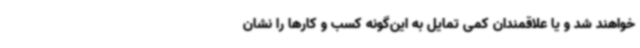
خواهند شد و یا علاقمندان کمی تمایل به این‌گونه کسب و کارها را نشان